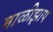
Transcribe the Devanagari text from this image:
माळीझाप